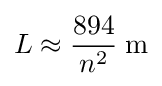
L\approx {\frac {894}{n^{2}}}\;{\text{m}}